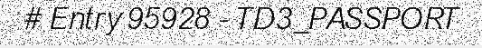
# Entry 95928 - TD3_PASSPORT